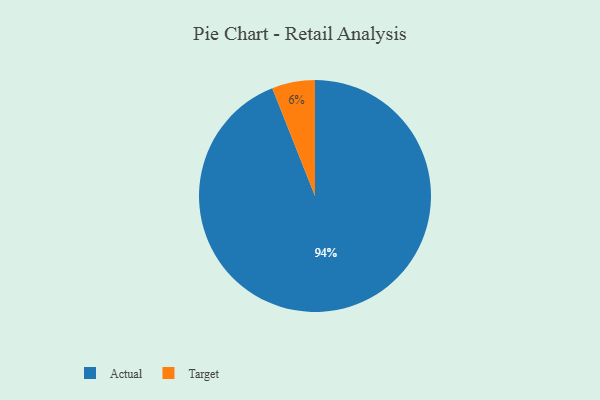
{"axis": {"x": "Category", "y": "Percentage"}, "legend": ["Actual", "Target"], "data": [{"x": "Actual", "y": 94, "type": "Actual"}, {"x": "Target", "y": 6, "type": "Target"}]}